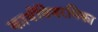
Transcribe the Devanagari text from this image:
कार्यविवरणिका